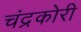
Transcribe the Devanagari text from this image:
चंद्रकोरी